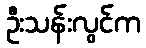
ဦးသန်းလွင်က